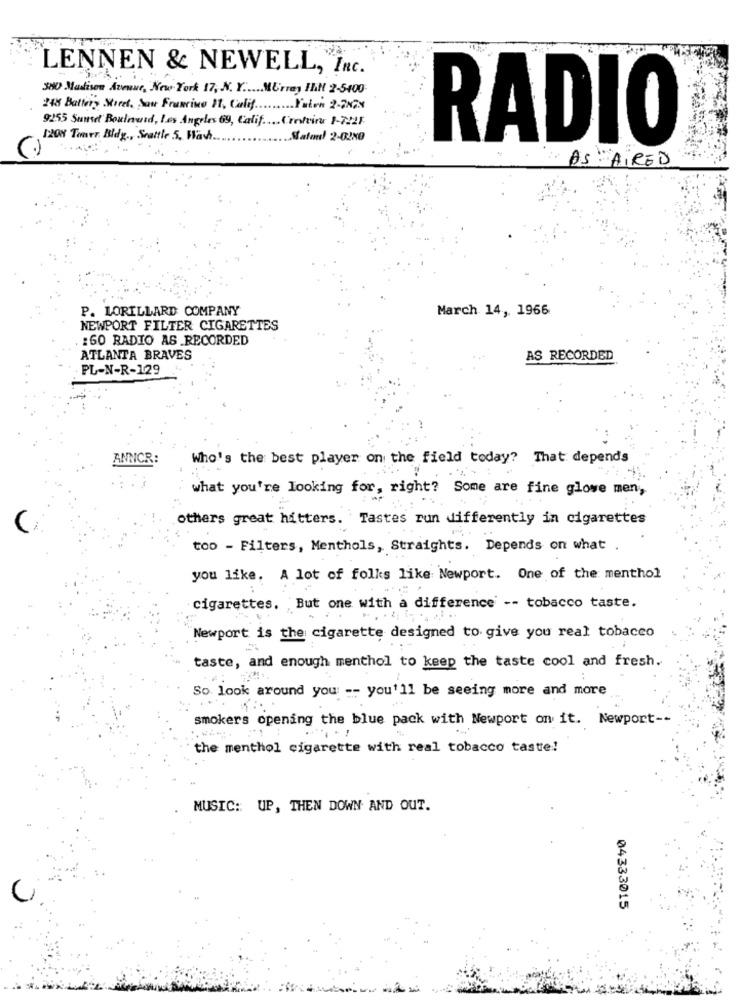
LENNEN & NEWELL, INC.
3AD Madison Avenue, New York 17, N. Y .... Murray IN 2-5400
248 Battery Morel, San Francino 11, Calif ......... Yukon 2-2N78
9255 Sunset Boulnurd, Les Angeles 69, Calif ..... (restring 1-722F
1208 Timer. Bldg ., Seattle 5, Wash.
.Safend 2-02x0
RADIO
AS : AIRED
P. LORILLARD COMPANY
March 14, 1966
NEWPORT FILTER CIGARETTES
:60 RADIO AS RECORDED
ATLANTA BRAVES
AS RECORDED
PL-N-R-129
ANNCR:
Who's the best player on the field today? That depends
what you're looking for, right? Some are fine glove men,
others great hitters. Tastes run differently in cigarettes
too - Filters, Menthols, Straights. Depends on what .
you like. A lot of folks like Newport. One of the menthol
cigarettes.
But one with a difference -- tobacco taste.
Newport is the cigarette designed to give you real tobacco
taste, and enough menthol to keep the taste cool and fresh.
So look around you: -- you'll be seeing more and more
smokers opening the blue pack with Newport on it. Newport --
the menthol cigarette with real tobacco taste!
MUSIC: UP, THEN DOWN AND OUT.
04333015